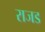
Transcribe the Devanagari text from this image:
राजड